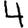
Digit: 4